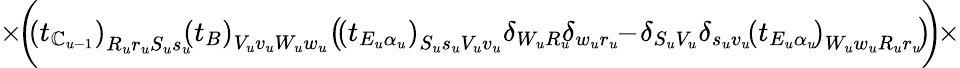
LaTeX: \times\! \bigg(\! \! \left(t_{\mathbb{C}_{u-1}}\right)_{R_{u}r_{u}S_{u}s_{u}}\! \! \left(t_{B}\right)_{V_{u}v_{u}W_{u}w_{u}}\! \left(\! \left(t_{E_{u}\alpha_{u}}\right)_{S_{u}s_{u}V_{u}v_{u}}\delta_{W_{u}R_{u}}\! \! \delta_{w_{u}r_{u}}\! \! -\! \delta_{S_{u}V_{u}}\delta_{s_{u}v_{u}}\! \left(t_{E_{u}\alpha_{u}}\! \right)_{W_{u}w_{u}R_{u}r_{u}}\! \right)\! \! \bigg)\! \times